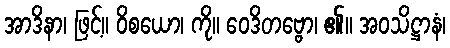
အာဒိနာ၊ ဖြင့်။ ဝိစယော၊ ကို။ ဝေဒိတဗ္ဗော၊ ၏။ အဝသိဋ္ဌာနံ၊